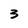
Character: 3